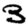
Digit: 3